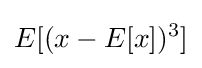
E[(x-E[x])^{3}]